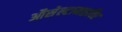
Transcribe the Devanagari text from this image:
औसेल्टामाइविर